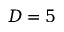
D = 5